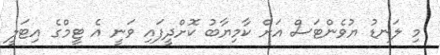
މި ލަނޑު ޔުވެންޓަސް އަށް ކާމިޔާބު ކޮށްދީފައި ވަނީ އެ ޓީމްގެ އިޓަލީ